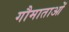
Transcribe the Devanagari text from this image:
गौमाताओं